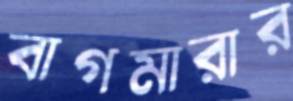
বাগমারার